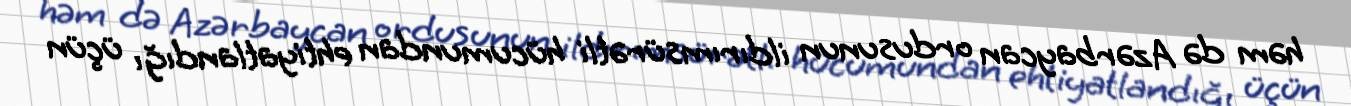
həm də Azərbaycan ordusunun ildırımsürətli hücumundan ehtiyatlandığı üçün